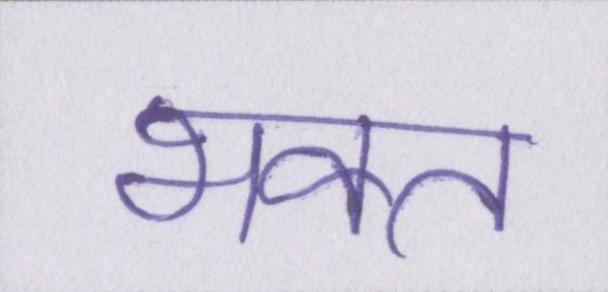
भक्त